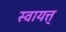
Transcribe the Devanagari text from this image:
स्वायत्त्